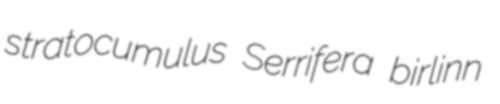
stratocumulus Serrifera birlinn